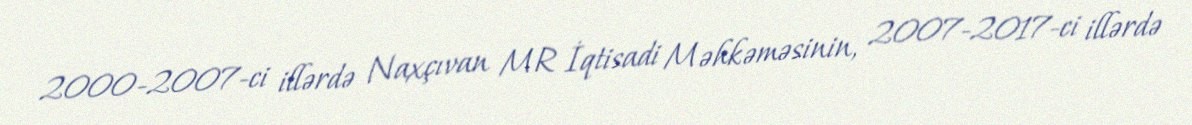
2000-2007-ci illərdə Naxçıvan MR İqtisadi Məhkəməsinin, 2007-2017-ci illərdə